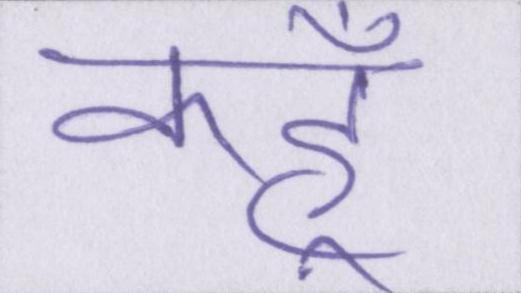
कहूँ